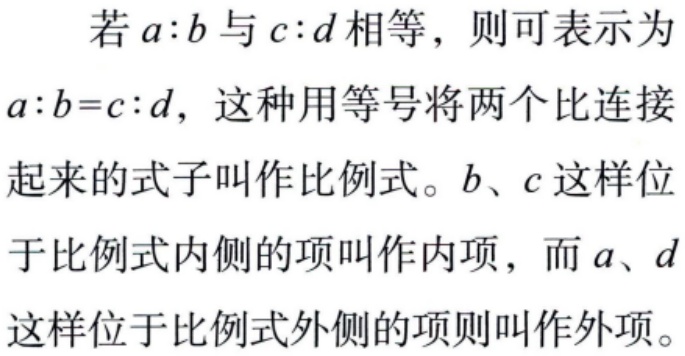
若\(a:b\)与\(c:d\)相等，则可表示为\(a:b = c:d\)，这种用等号将两个比连接起来的式子叫作比例式。\(b\)、\(c\)这样位于比例式内侧的项叫作内项，而\(a\)、\(d\)这样位于比例式外侧的项则叫作外项。